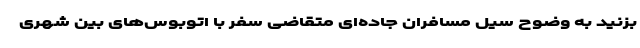
بزنید به وضوح سیل مسافران جاده‌ای متقاضی سفر با اتوبوس‌های بین‌ شهری